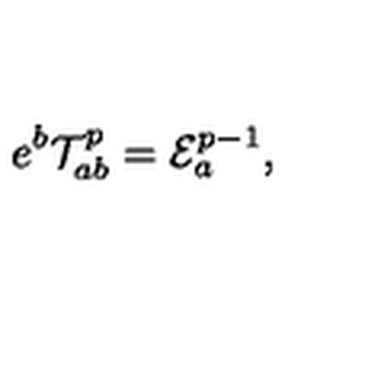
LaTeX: e ^ { b } { \cal T } _ { a b } ^ { p } = { \cal E } _ { a } ^ { p - 1 } ,